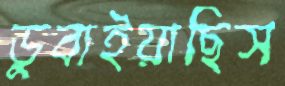
ডুবাইয়াছিস